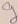
Text: g